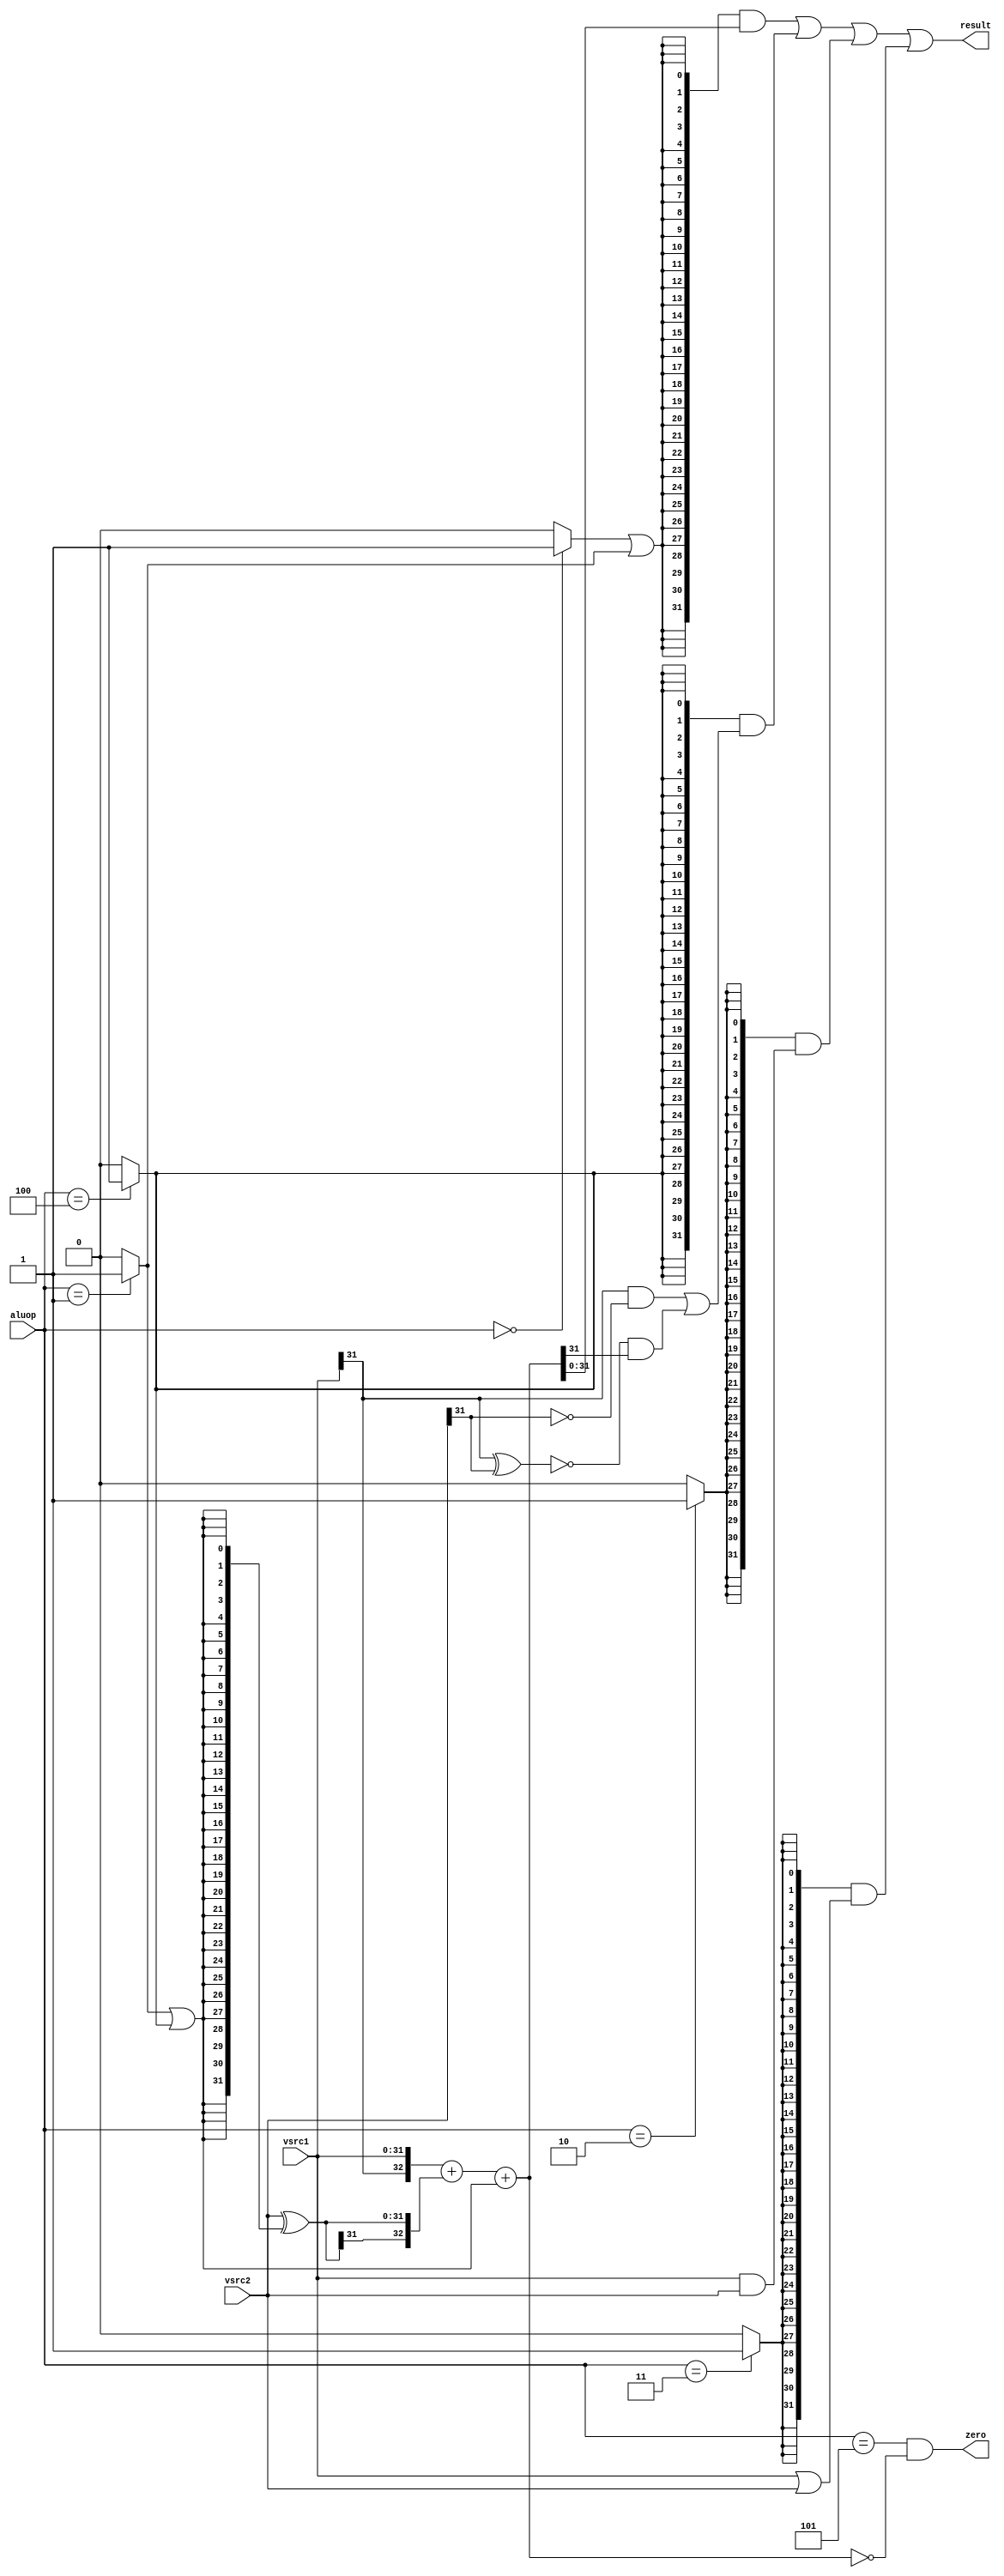
module ALU(
input  wire [2:0] aluop,
input  wire [31:0] vsrc1,
input  wire [31:0] vsrc2,

output wire [31:0] result,
output            zero
);

wire [31:0] add_sub_result;
wire [31:0] slt_result;
wire [31:0] and_result;
wire [31:0] or_result;
wire [31:0] adder_a;
wire [31:0] adder_b;
wire        adder_cin;
wire [32:0] adder_result;
wire        adder_cout;

wire alu_add  = (aluop == 3'b000) ? 1'b1 : 1'b0;
wire alu_sub  = (aluop == 3'b001) ? 1'b1 : 1'b0;
wire alu_and  = (aluop == 3'b010) ? 1'b1 : 1'b0;
wire alu_or   = (aluop == 3'b011) ? 1'b1 : 1'b0;
wire alu_slt  = (aluop == 3'b100) ? 1'b1 : 1'b0;

assign and_result = vsrc1 & vsrc2;
assign or_result  = vsrc1 | vsrc2;

assign adder_a   = vsrc1;
assign adder_b   = vsrc2 ^ {32{alu_sub | alu_slt}};
assign adder_cin = alu_sub | alu_slt;
assign {adder_cout, adder_result} = {adder_a[31], adder_a} + {adder_b[31], adder_b} + {32'd0, adder_cin};

assign add_sub_result = adder_result[31:0];

assign slt_result[31:1] = 31'd0;
assign slt_result[0]    = (vsrc1[31] & ~vsrc2[31]) | (~(vsrc1[31] ^ vsrc2[31]) & adder_result[31]);

assign zero = (aluop == 3'b101) && (adder_result == 32'd0);

assign result = ({32{alu_add | alu_sub}} & add_sub_result) |
                ({32{alu_slt          }} & slt_result    ) |
                ({32{alu_and          }} & and_result    ) |
                ({32{alu_or           }} & or_result     );

endmodule